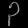
Digit: ၃